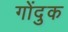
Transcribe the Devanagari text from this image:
गोंदुक